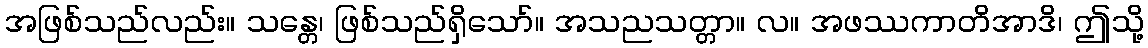
အဖြစ်သည်လည်း။ သန္တေ၊ ဖြစ်သည်ရှိသော်။ အသညသတ္တာ။ လ။ အဖဿကာတိအာဒိ၊ ဤသို့